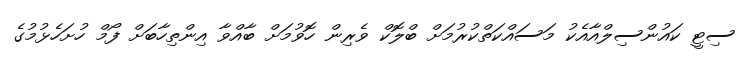
ސިޓީ ކައުންސިލްއާއެކު މަސައްކަތްކުރުމަށް ބްލޮކް ވެރިން ހޮވުމަށް ބާއްވާ އިންތިހާބަށް ފޯމް ހުށަހެޅުމުގެ